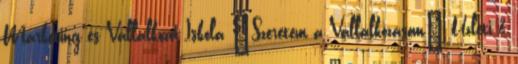
Marketing és Vállalkozói Iskola ‘Szeretem a Vállalkozásom’ Üzleti &